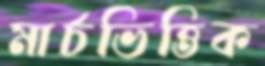
মার্চভিত্তিক